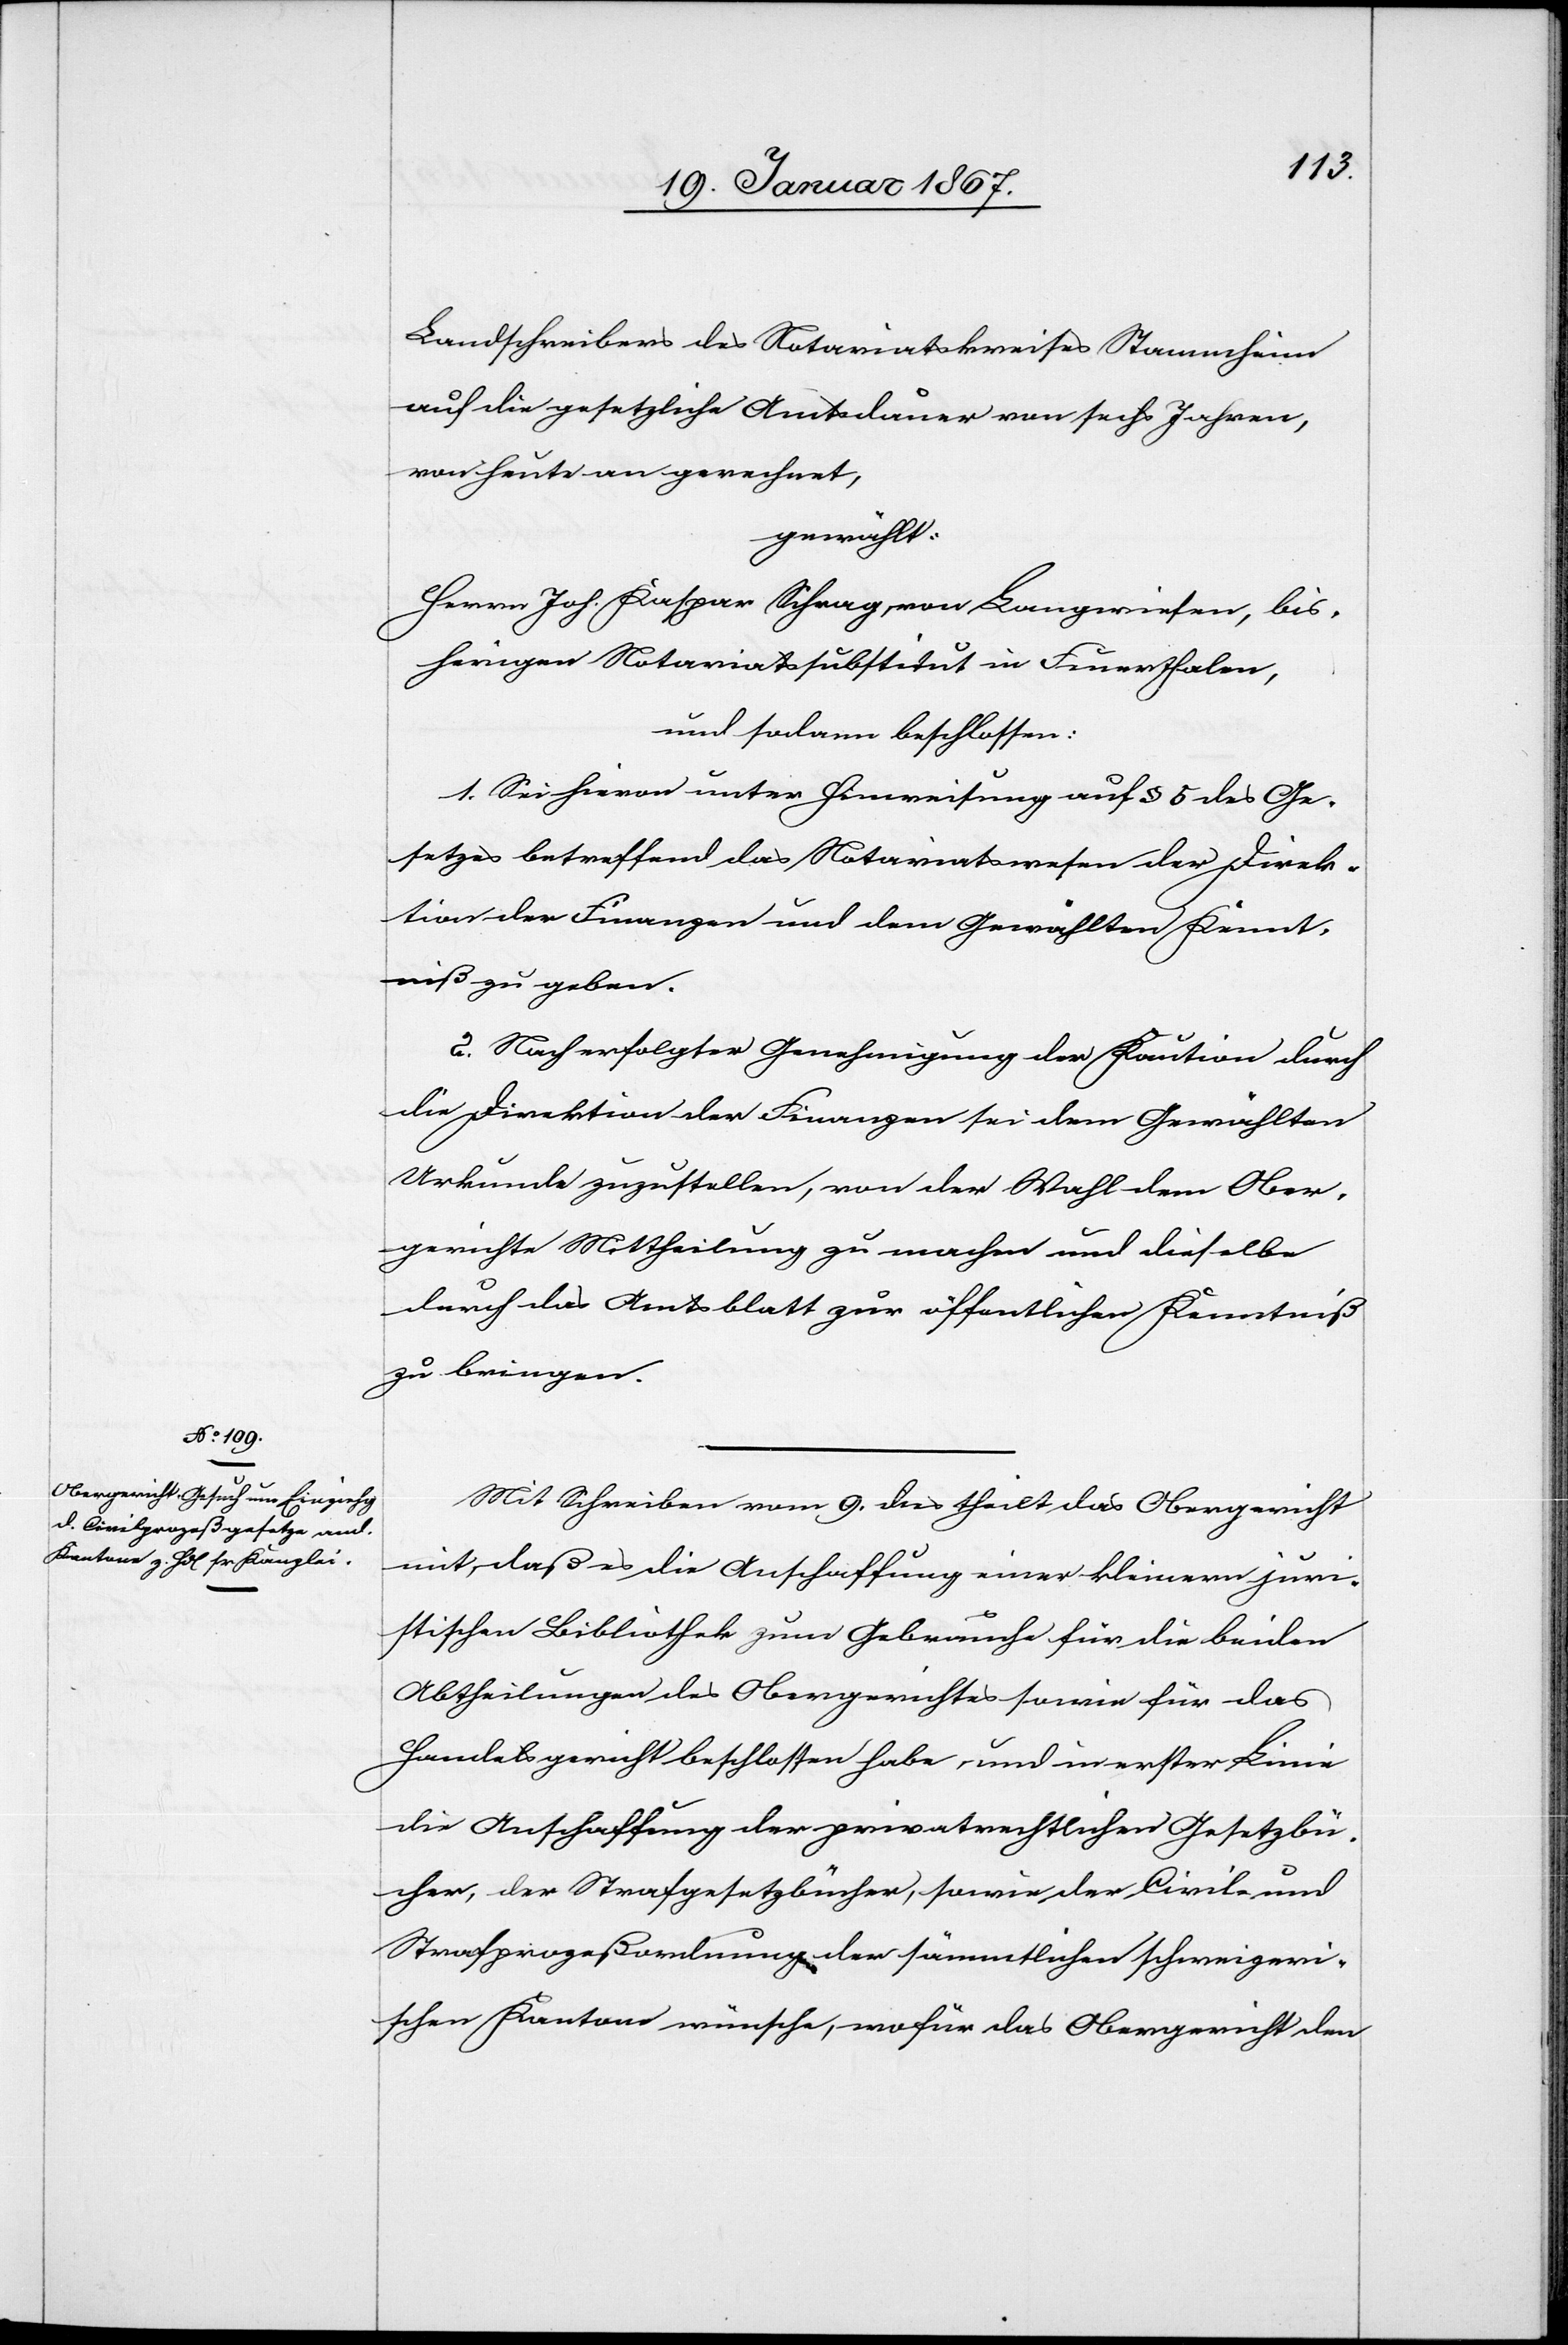
Landschreibers des Notariatskreises Stammheim
auf die gesetzliche Amtsdauer von sechs Jahren,
von heute an gerechnet,
gewählt:
Herrn Joh. Kaspar Schrag von Langwiesen, bis¬
herigen Notariatssubstitut in Feuerthalen,
und sodann beschlossen:
1. Sei hievon unter Hinweisung auf § 5 des Ge¬
setzes betreffend das Notariatswesen der Direk¬
tion der Finanzen und dem Gewählten Kennt¬
niß zu geben.
2. Nach erfolgter Genehmigung der Kaution durch
die Direktion der Finanzen sei dem Gewählten
Urkunde zuzustellen, von der Wahl dem Ober¬
gerichte Mittheilung zu machen und dieselbe
durch das Amtsblatt zur öffentlichen Kenntniß
zu bringen.
Mit Schreiben vom 9. dies theilt das Obergericht
mit, daß es die Anschaffung einer kleinern juri¬
stischen Bibliothek zum Gebrauche für die beiden
Abtheilungen des Obergerichtes sowie für das
Handelsgericht beschlossen habe, und in erster Linie
die Anschaffung der privatrechtlichen Gesetzbü¬
cher, der Strafgesetzbücher, sowie der Civil- und
Strafprozeßordnung der sämmtlichen schweizeri¬
schen Kantone wünsche, wofür das Obergericht den